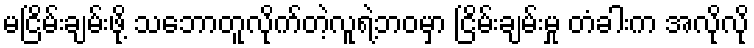
မငြိမ်းချမ်းဖို့ သဘောတူလိုက်တဲ့လူရဲ့ဘဝမှာ ငြိမ်းချမ်းမှု တံခါးက အလိုလို